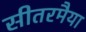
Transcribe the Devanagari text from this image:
सीतरमैया